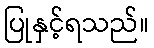
ပြုနှင့်ရသည်။